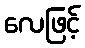
လေဖြင့်